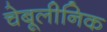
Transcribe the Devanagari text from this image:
चेबूलीनिक